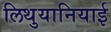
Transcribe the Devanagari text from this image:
लिथुयानियाई